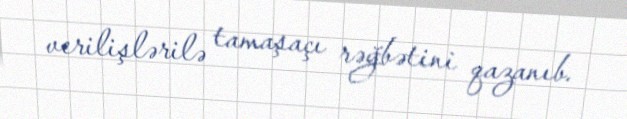
verilişlərilə tamaşaçı rəğbətini qazanıb.